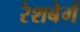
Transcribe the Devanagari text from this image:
रेशबेर्ग